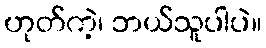
ဟုတ်ကဲ့၊ ဘယ်သူပါပဲ။